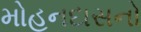
મોહનદાસનો